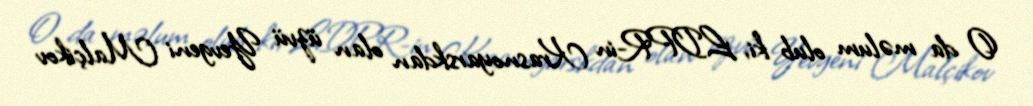
O da məlum olub ki, LDPR-in Krasnoyarskdan olan üzvü Yevgeni Malçikov